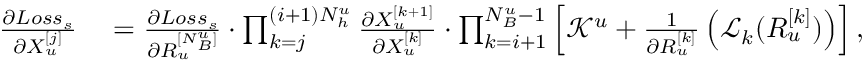
\begin{array} { r l } { \frac { \partial L o s s _ { s } } { \partial X _ { u } ^ { [ j ] } } } & { { } = \frac { \partial L o s s _ { s } } { \partial R _ { u } ^ { [ N _ { B } ^ { u } ] } } \cdot \prod _ { k = j } ^ { ( i + 1 ) N _ { h } ^ { u } } \frac { \partial X _ { u } ^ { [ k + 1 ] } } { \partial X _ { u } ^ { [ k ] } } \cdot \prod _ { k = i + 1 } ^ { N _ { B } ^ { u } - 1 } \left[ \mathcal { K } ^ { u } + \frac { 1 } { \partial R _ { u } ^ { [ k ] } } \left( \mathcal { L } _ { k } ( R _ { u } ^ { [ k ] } ) \right) \right] , } \end{array}